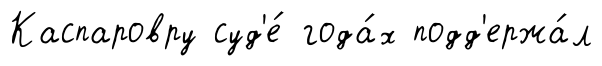
Каспаровру суд'е́ года́х подд'ержа́л